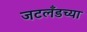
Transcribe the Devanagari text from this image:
जटलँडच्या